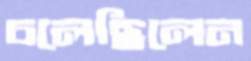
চলেছিলেন